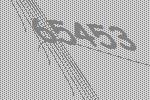
65453